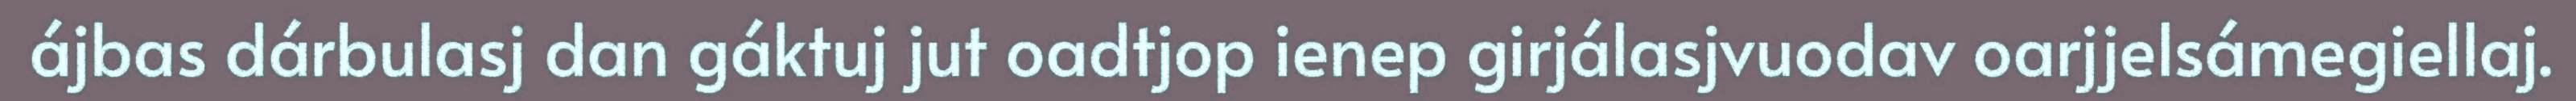
ájbas dárbulasj dan gáktuj jut oadtjop ienep girjálasjvuodav oarjjelsámegiellaj.